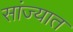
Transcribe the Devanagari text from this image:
सांज्यात